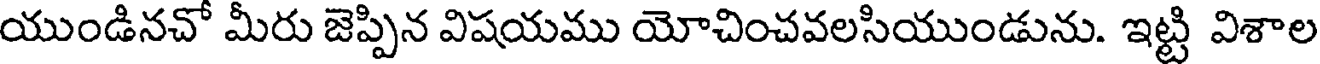
యుండినచో మీరు జెప్పిన విషయము యోచించవలసియుండును. ఇట్టి విశాల